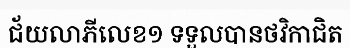
ជ័យលាភីលេខ១ ទទួលបានថវិកាជិត